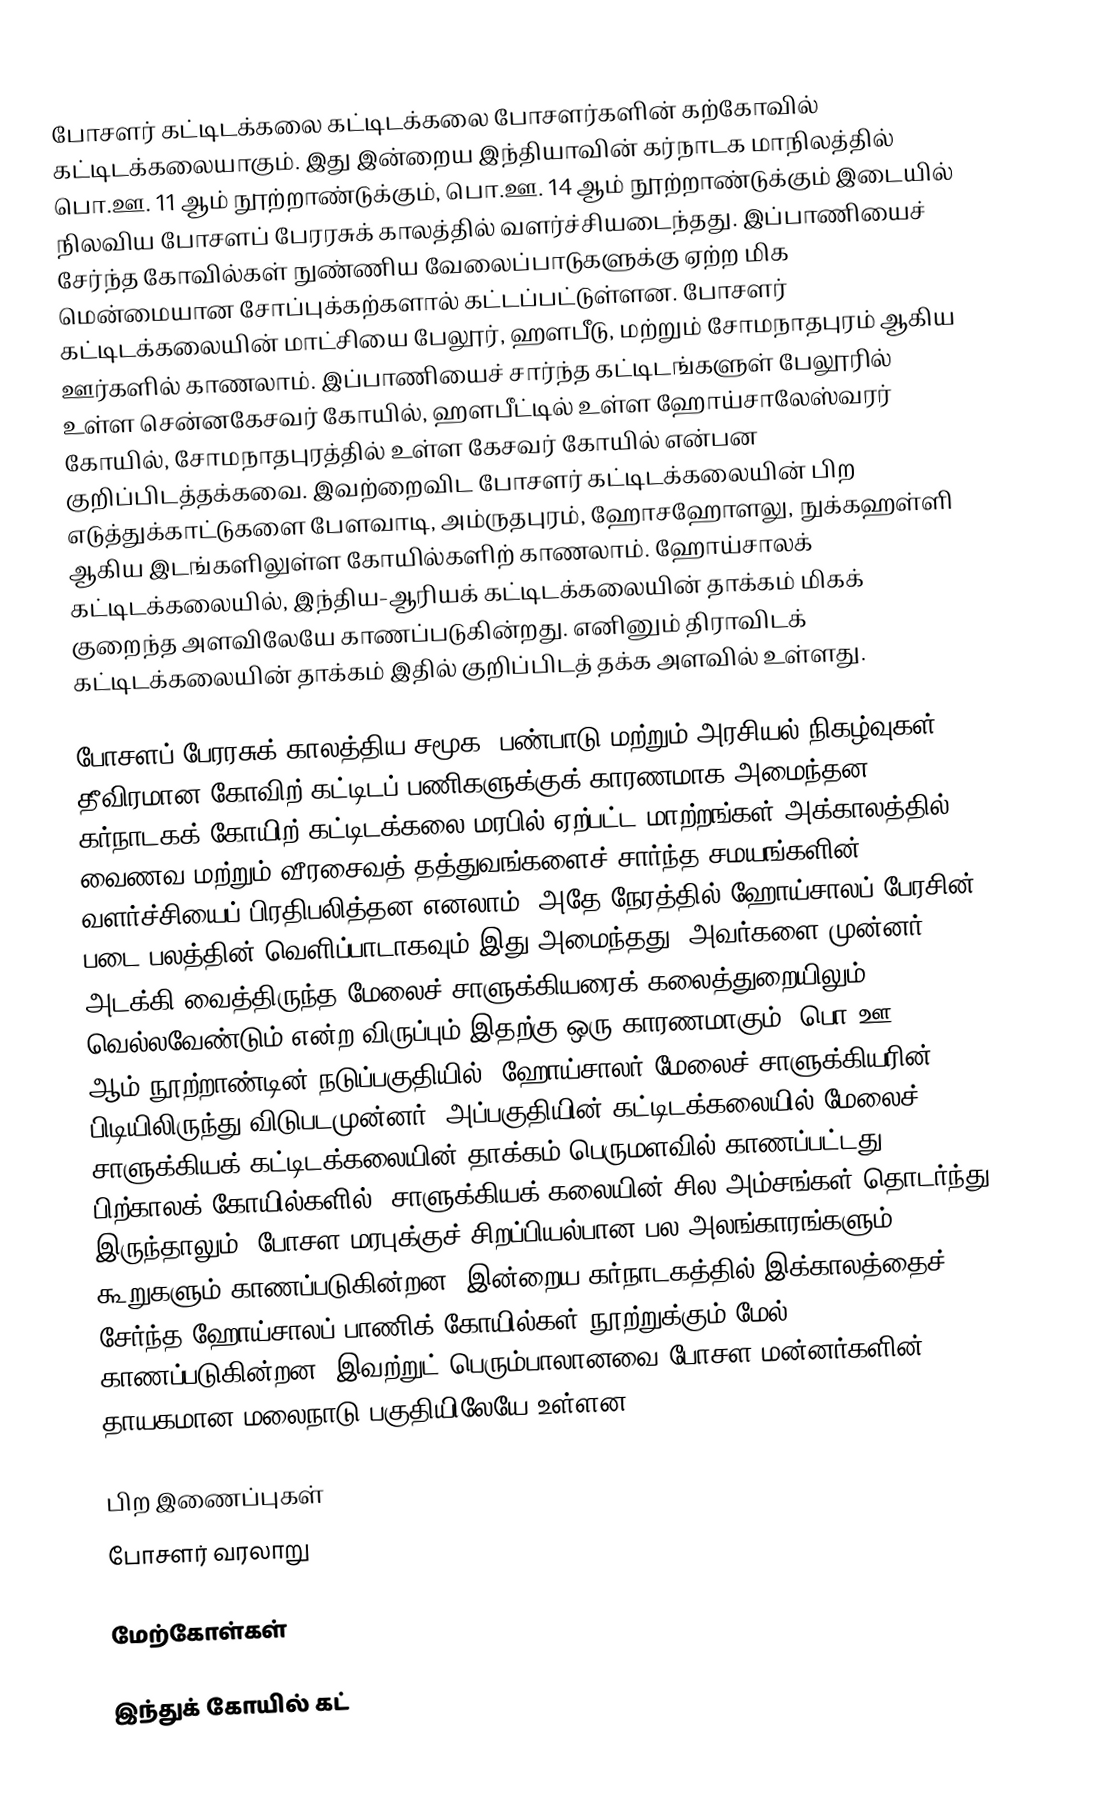
போசளர் கட்டிடக்கலை கட்டிடக்கலை போசளர்களின் கற்கோவில் கட்டிடக்கலையாகும். இது இன்றைய இந்தியாவின் கர்நாடக மாநிலத்தில் பொ.ஊ. 11 ஆம் நூற்றாண்டுக்கும், பொ.ஊ. 14 ஆம் நூற்றாண்டுக்கும் இடையில் நிலவிய போசளப் பேரரசுக் காலத்தில் வளர்ச்சியடைந்தது. இப்பாணியைச் சேர்ந்த கோவில்கள் நுண்ணிய வேலைப்பாடுகளுக்கு ஏற்ற மிக மென்மையான சோப்புக்கற்களால் கட்டப்பட்டுள்ளன. போசளர் கட்டிடக்கலையின் மாட்சியை பேலூர், ஹளபீடு, மற்றும் சோமநாதபுரம் ஆகிய ஊர்களில் காணலாம். இப்பாணியைச் சார்ந்த கட்டிடங்களுள் பேலூரில் உள்ள சென்னகேசவர் கோயில், ஹளபீட்டில் உள்ள ஹோய்சாலேஸ்வரர் கோயில், சோமநாதபுரத்தில் உள்ள கேசவர் கோயில் என்பன குறிப்பிடத்தக்கவை. இவற்றைவிட போசளர் கட்டிடக்கலையின் பிற எடுத்துக்காட்டுகளை பேளவாடி, அம்ருதபுரம், ஹோசஹோளலு, நுக்கஹள்ளி ஆகிய இடங்களிலுள்ள கோயில்களிற் காணலாம். ஹோய்சாலக் கட்டிடக்கலையில், இந்திய-ஆரியக் கட்டிடக்கலையின் தாக்கம் மிகக் குறைந்த அளவிலேயே காணப்படுகின்றது. எனினும் திராவிடக் கட்டிடக்கலையின் தாக்கம் இதில் குறிப்பிடத் தக்க அளவில் உள்ளது.

போசளப் பேரரசுக் காலத்திய சமூக, பண்பாடு மற்றும் அரசியல் நிகழ்வுகள், தீவிரமான கோவிற் கட்டிடப் பணிகளுக்குக் காரணமாக அமைந்தன. கர்நாடகக் கோயிற் கட்டிடக்கலை மரபில் ஏற்பட்ட மாற்றங்கள் அக்காலத்தில் வைணவ மற்றும் வீரசைவத் தத்துவங்களைச் சார்ந்த சமயங்களின் வளர்ச்சியைப் பிரதிபலித்தன எனலாம். அதே நேரத்தில் ஹோய்சாலப் பேரசின் படை பலத்தின் வெளிப்பாடாகவும் இது அமைந்தது. அவர்களை முன்னர் அடக்கி வைத்திருந்த மேலைச் சாளுக்கியரைக் கலைத்துறையிலும் வெல்லவேண்டும் என்ற விருப்பும் இதற்கு ஒரு காரணமாகும். பொ.ஊ. 12 ஆம் நூற்றாண்டின் நடுப்பகுதியில், ஹோய்சாலர் மேலைச் சாளுக்கியரின் பிடியிலிருந்து விடுபடமுன்னர், அப்பகுதியின் கட்டிடக்கலையில் மேலைச் சாளுக்கியக் கட்டிடக்கலையின் தாக்கம் பெருமளவில் காணப்பட்டது. பிற்காலக் கோயில்களில், சாளுக்கியக் கலையின் சில அம்சங்கள் தொடர்ந்து இருந்தாலும், போசள மரபுக்குச் சிறப்பியல்பான பல அலங்காரங்களும், கூறுகளும் காணப்படுகின்றன. இன்றைய கர்நாடகத்தில் இக்காலத்தைச் சேர்ந்த ஹோய்சாலப் பாணிக் கோயில்கள் நூற்றுக்கும் மேல் காணப்படுகின்றன. இவற்றுட் பெரும்பாலானவை போசள மன்னர்களின் தாயகமான மலைநாடு பகுதியிலேயே உள்ளன.

பிற இணைப்புகள்
போசளர் வரலாறு

மேற்கோள்கள்

இந்துக் கோயில் கட்